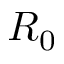
R _ { 0 }